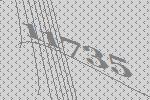
11735